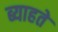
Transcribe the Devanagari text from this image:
ब्याहते